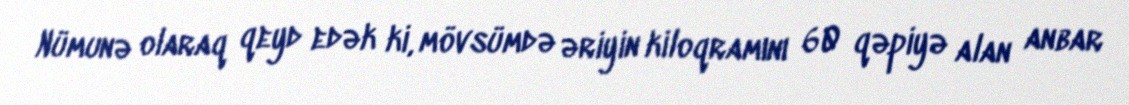
Nümunə olaraq qeyd edək ki, mövsümdə əriyin kiloqramını 60 qəpiyə alan anbar